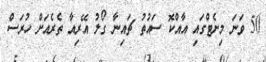
50 ވަނަ މިނެޓްގައި އާއްކޮ ސައުތު ޗައިނާ ގޯލު އޭރިއާ ތެރެއަށް ހުރަސް